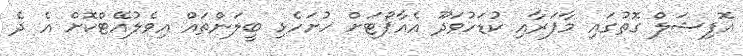
އޮފިޝަލް ގޮތުގައި މާފަރާއި ކުޑަހުވަދޫ އެއާޕޯޓަށް ހުށަހެޅި ބީލަންތައް އިވެލުއޭޓްކޮށް އެ ދެ